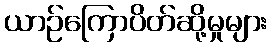
ယာဉ်ကြောပိတ်ဆို့မှုများ